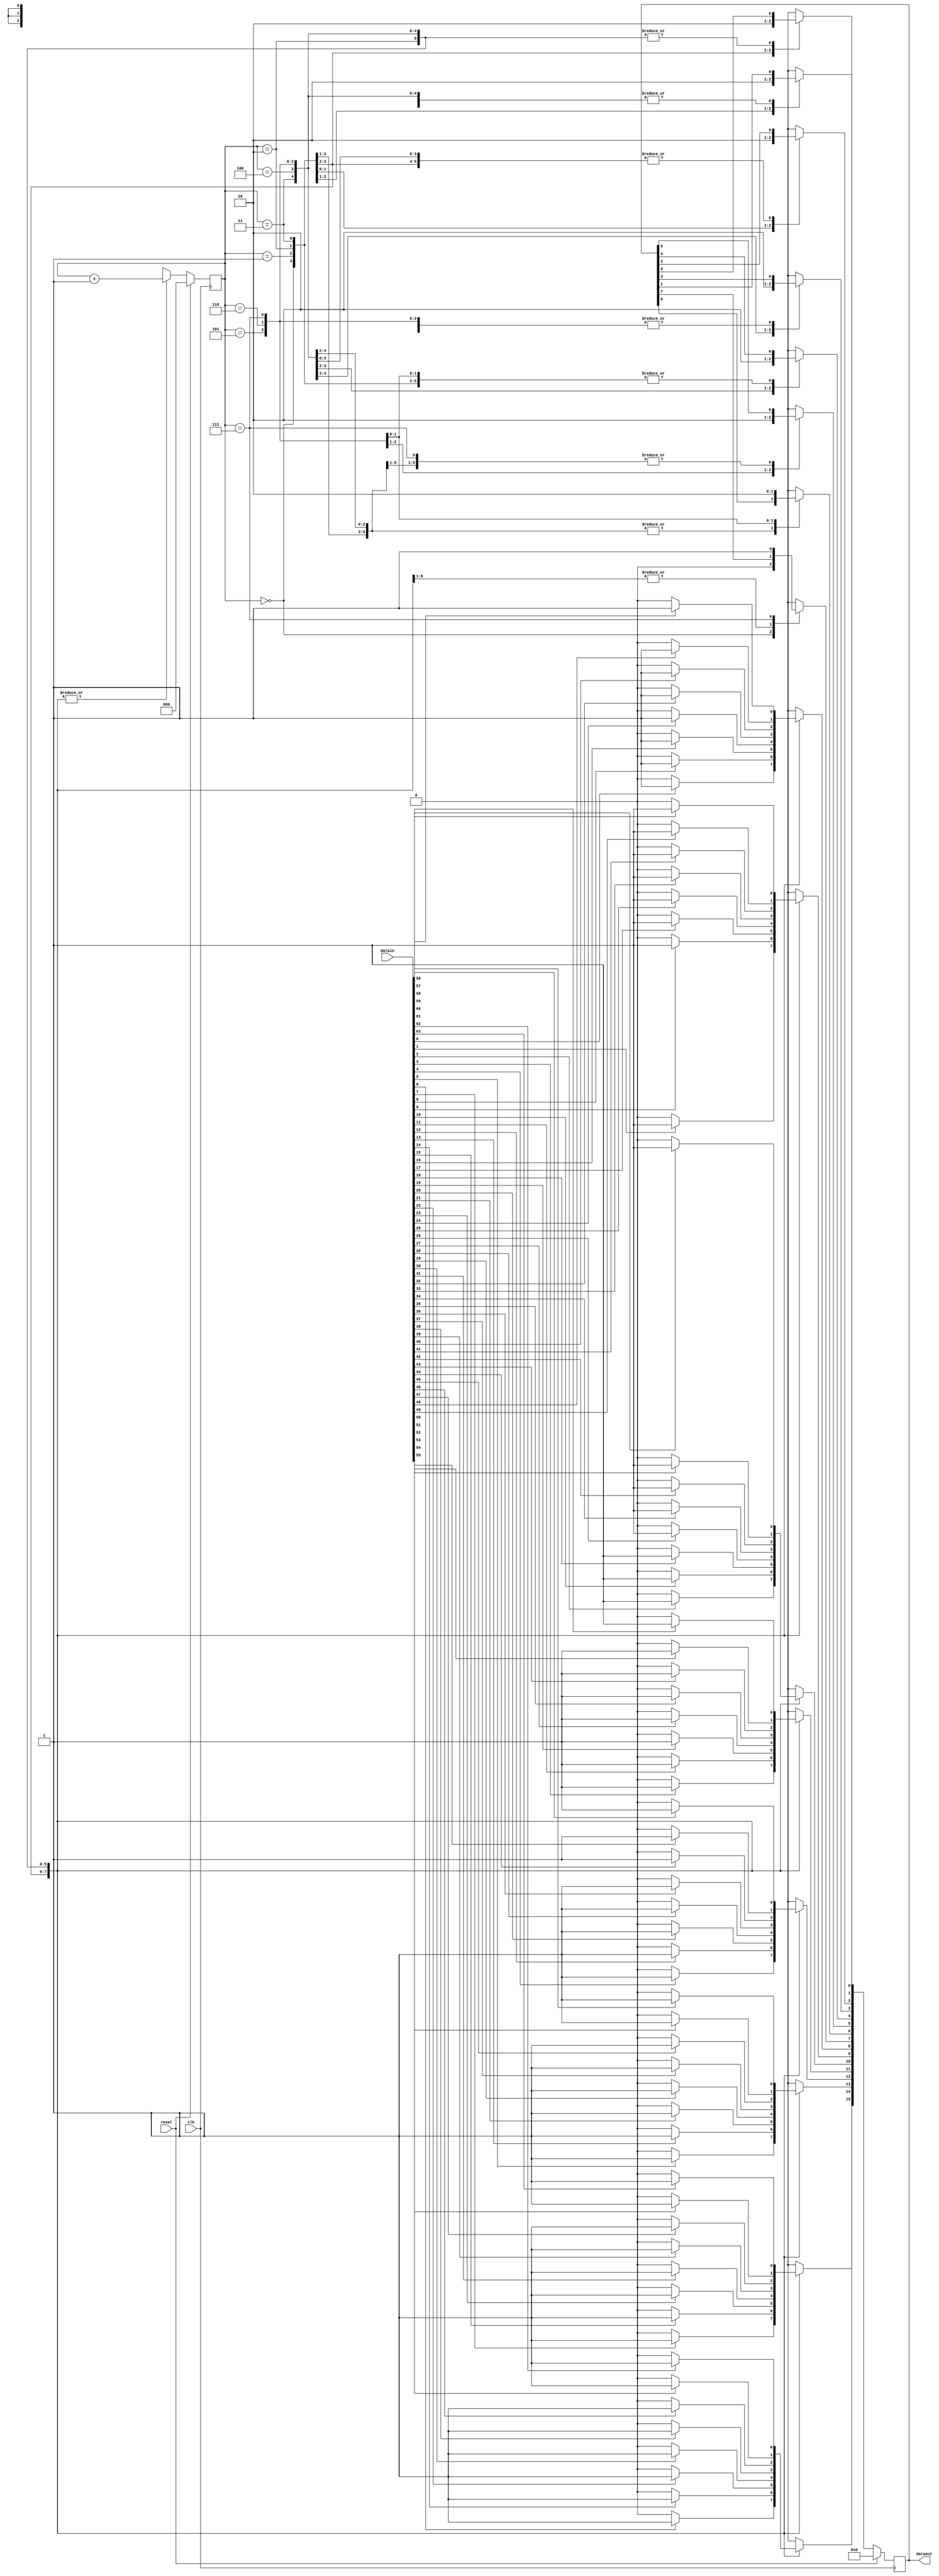
module LED_Matrix_Driver(clk,reset,datain,dataout);

input clk,reset;
input [63:0] datain;
output reg [15:0]dataout;

reg [2:0] state;

always@(posedge clk )
begin
if(reset) begin
			state = 3'd0;
			dataout = 16'b00000000_00000000;  // all light off
		   end
else begin
     case(state)
	  3'b000:begin		
				dataout[0] = 1'b1; dataout[7] = 1'b0;
				dataout[8]=(datain[0]==1'b1)? 1'b1:1'b0;
				dataout[9]=(datain[1]==1'b1)? 1'b1:1'b0;
				dataout[10]=(datain[2]==1'b1)? 1'b1:1'b0;
				dataout[11]=(datain[3]==1'b1)? 1'b1:1'b0;
				dataout[12]=(datain[4]==1'b1)? 1'b1:1'b0;
				dataout[13]=(datain[5]==1'b1)? 1'b1:1'b0;
				dataout[14]=(datain[6]==1'b1)? 1'b1:1'b0;
				dataout[15]=(datain[7]==1'b1)? 1'b1:1'b0;
				state = state + 3'd1;
	         end
		3'b001:begin
	            dataout[1] = 1'b1; dataout[0] = 1'b0;
				dataout[8]=(datain[8]==1'b1)? 1'b1:1'b0;
				dataout[9]=(datain[9]==1'b1)? 1'b1:1'b0;
				dataout[10]=(datain[10]==1'b1)? 1'b1:1'b0;
				dataout[11]=(datain[11]==1'b1)? 1'b1:1'b0;
				dataout[12]=(datain[12]==1'b1)? 1'b1:1'b0;
				dataout[13]=(datain[13]==1'b1)? 1'b1:1'b0;
				dataout[14]=(datain[14]==1'b1)? 1'b1:1'b0;
				dataout[15]=(datain[15]==1'b1)? 1'b1:1'b0;
				state = state + 3'd1;
	         end
		3'b010:begin
	            dataout[2] = 1'b1; dataout[1] = 1'b0;
				dataout[8]=(datain[16]==1'b1)? 1'b1:1'b0;
				dataout[9]=(datain[17]==1'b1)? 1'b1:1'b0;
				dataout[10]=(datain[18]==1'b1)? 1'b1:1'b0;
				dataout[11]=(datain[19]==1'b1)? 1'b1:1'b0;
				dataout[12]=(datain[20]==1'b1)? 1'b1:1'b0;
				dataout[13]=(datain[21]==1'b1)? 1'b1:1'b0;
				dataout[14]=(datain[22]==1'b1)? 1'b1:1'b0;
				dataout[15]=(datain[23]==1'b1)? 1'b1:1'b0;
				state = state + 3'd1;
	         end
		3'b011:begin
	            dataout[3] = 1'b1; dataout[2] = 1'b0;
				dataout[8]=(datain[24]==1'b1)? 1'b1:1'b0;
				dataout[9]=(datain[25]==1'b1)? 1'b1:1'b0;
				dataout[10]=(datain[26]==1'b1)? 1'b1:1'b0;
				dataout[11]=(datain[27]==1'b1)? 1'b1:1'b0;
				dataout[12]=(datain[28]==1'b1)? 1'b1:1'b0;
				dataout[13]=(datain[29]==1'b1)? 1'b1:1'b0;
				dataout[14]=(datain[30]==1'b1)? 1'b1:1'b0;
				dataout[15]=(datain[31]==1'b1)? 1'b1:1'b0;
				state = state + 3'd1;
	         end	
		3'b100:begin
	            dataout[4] = 1'b1; dataout[3] = 1'b0;
				dataout[8]=(datain[32]==1'b1)? 1'b1:1'b0;
				dataout[9]=(datain[33]==1'b1)? 1'b1:1'b0;
				dataout[10]=(datain[34]==1'b1)? 1'b1:1'b0;
				dataout[11]=(datain[35]==1'b1)? 1'b1:1'b0;
				dataout[12]=(datain[36]==1'b1)? 1'b1:1'b0;
				dataout[13]=(datain[37]==1'b1)? 1'b1:1'b0;
				dataout[14]=(datain[38]==1'b1)? 1'b1:1'b0;
				dataout[15]=(datain[39]==1'b1)? 1'b1:1'b0;
				state = state + 3'd1;
	         end	
		3'b101:begin
	            dataout[5] = 1'b1; dataout[4] = 1'b0;
				dataout[8]=(datain[40]==1'b1)? 1'b1:1'b0;
				dataout[9]=(datain[41]==1'b1)? 1'b1:1'b0;
				dataout[10]=(datain[42]==1'b1)? 1'b1:1'b0;
				dataout[11]=(datain[43]==1'b1)? 1'b1:1'b0;
				dataout[12]=(datain[44]==1'b1)? 1'b1:1'b0;
				dataout[13]=(datain[45]==1'b1)? 1'b1:1'b0;
				dataout[14]=(datain[46]==1'b1)? 1'b1:1'b0;
				dataout[15]=(datain[47]==1'b1)? 1'b1:1'b0;
				state = state + 3'd1;
	         end
		3'b110:begin
	            dataout[6] = 1'b1; dataout[5] = 1'b0;
				dataout[8]=(datain[48]==1'b1)? 1'b1:1'b0;
				dataout[9]=(datain[49]==1'b1)? 1'b1:1'b0;
				dataout[10]=(datain[50]==1'b1)? 1'b1:1'b0;
				dataout[11]=(datain[51]==1'b1)? 1'b1:1'b0;
				dataout[12]=(datain[52]==1'b1)? 1'b1:1'b0;
				dataout[13]=(datain[53]==1'b1)? 1'b1:1'b0;
				dataout[14]=(datain[54]==1'b1)? 1'b1:1'b0;
				dataout[15]=(datain[55]==1'b1)? 1'b1:1'b0;
				state = state + 3'd1;
	         end
	    3'b111:begin
	            dataout[7] = 1'b1; dataout[6] = 1'b0;
				dataout[8]=(datain[56]==1'b1)? 1'b1:1'b0;
				dataout[9]=(datain[57]==1'b1)? 1'b1:1'b0;
				dataout[10]=(datain[58]==1'b1)? 1'b1:1'b0;
				dataout[11]=(datain[59]==1'b1)? 1'b1:1'b0;
				dataout[12]=(datain[60]==1'b1)? 1'b1:1'b0;
				dataout[13]=(datain[61]==1'b1)? 1'b1:1'b0;
				dataout[14]=(datain[62]==1'b1)? 1'b1:1'b0;
				dataout[15]=(datain[63]==1'b1)? 1'b1:1'b0;
				state = state + 3'd1;
	         end				
		
	  endcase		
     end
end

endmodule